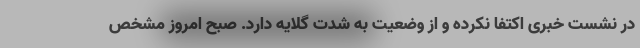
در نشست خبری اکتفا نکرده و از وضعیت به شدت گلایه دارد. صبح امروز مشخص